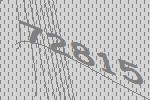
72815